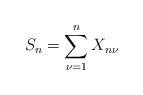
LaTeX: \begin{align*}S_n = \sum_{\nu=1}^n X_{n\nu}\end{align*}